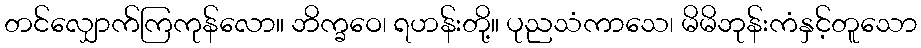
တင်လျှောက်ကြကုန်လော။ ဘိက္ခဝေ၊ ရဟန်းတို့။ ပုညသံကာသေ၊ မိမိဘုန်းကံနှင့်တူသော